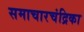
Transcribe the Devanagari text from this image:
समाचारचंद्रिका